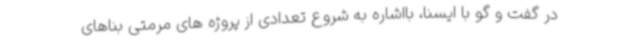
در گفت و گو با ایسنا، بااشاره به شروع تعدادی از پروژه های مرمتی بناهای